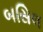
બસિલ